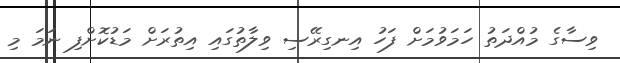
ވިސާގެ މުއްދަތު ހަމަވުމަށް ފަހު އިނގިރޭސި ވިލާތުގައި އިތުރަށް މަޑުކޮށްފި ނަމަ މި